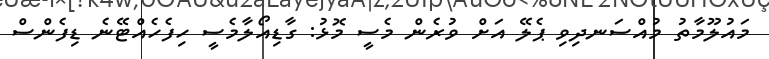
މައުލޫމާތު މުއްސަނދިވި ޕެލޭ އަށް ވުރެން މެސީ މޮޅު: ގާޑިއޯލާމެސީ ހިފެހެއްޓޭނެ ޑިފެންސް